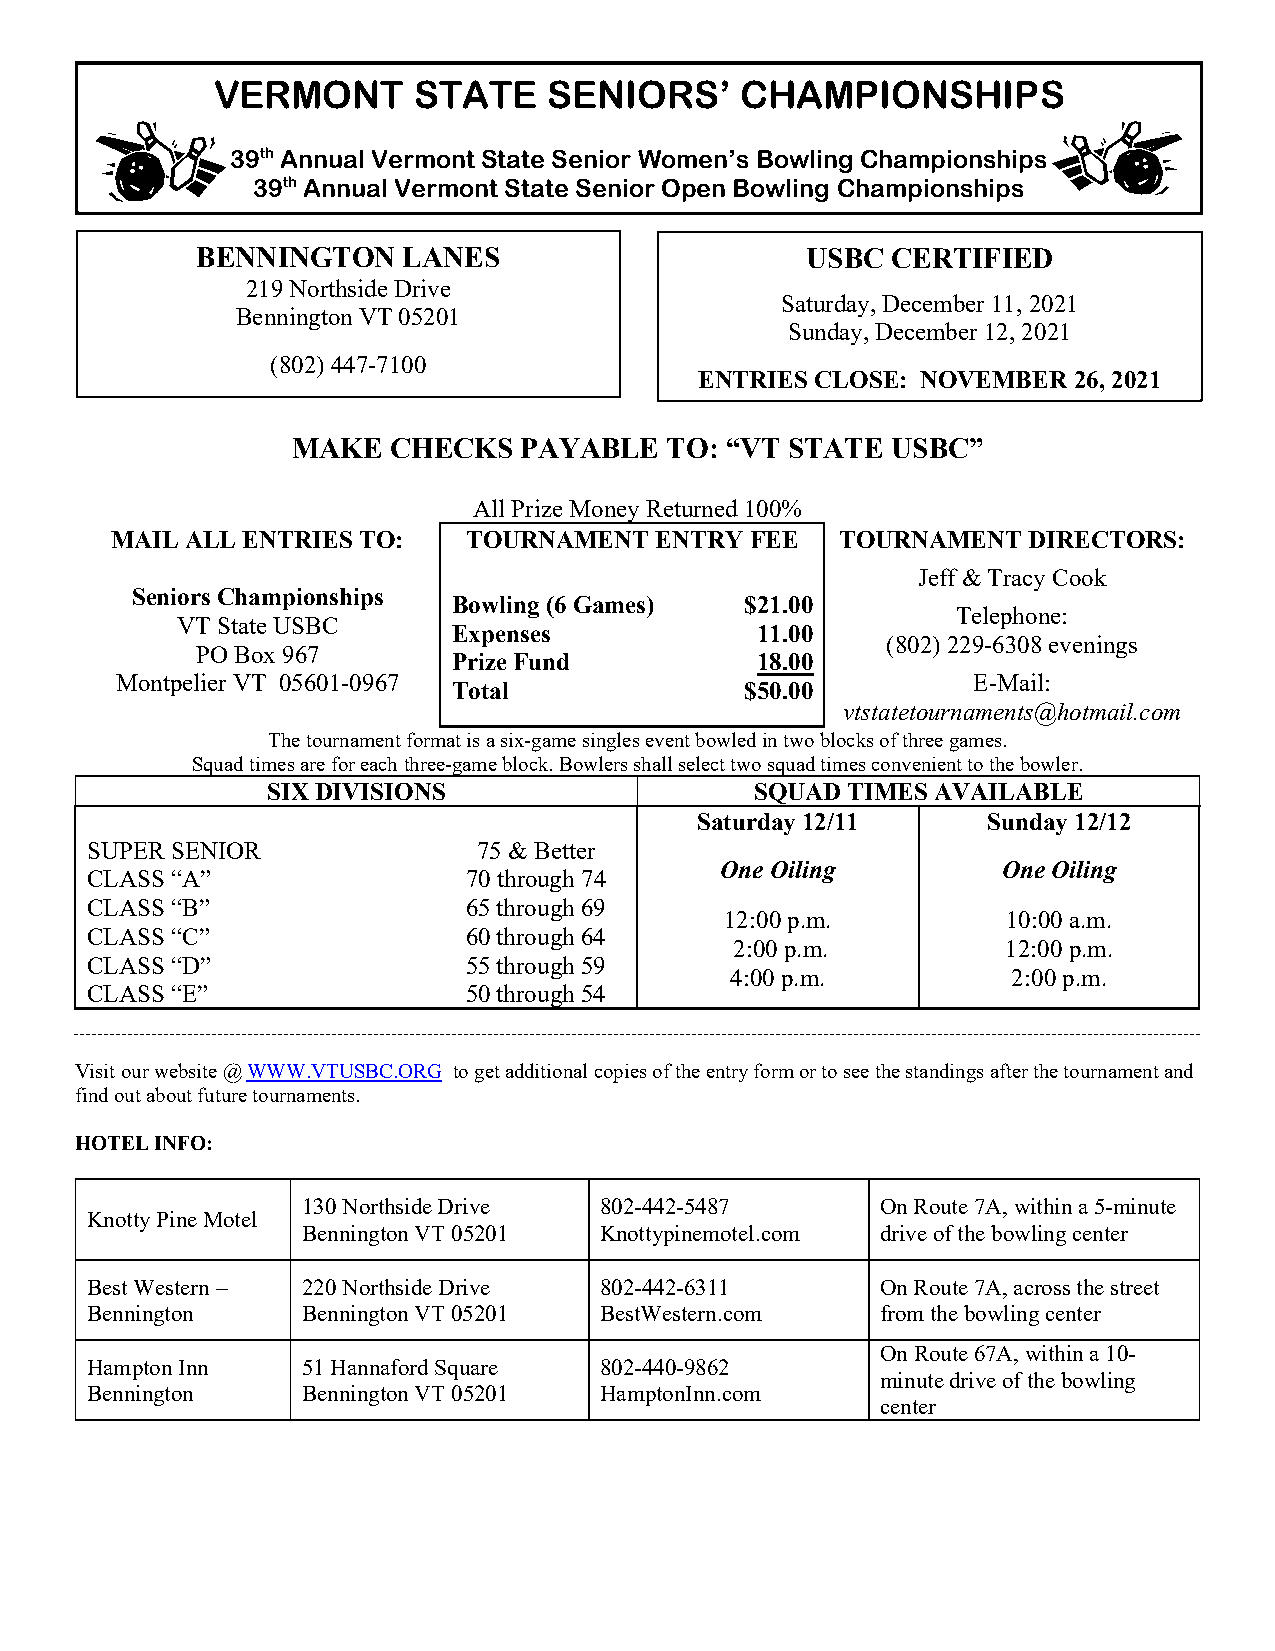
VERMONT      STATE    SENIORS’     CHAMPIONSHIPS
 39th Annual Vermont State Senior Women’s Bowling Championships
 39th Annual Vermont State Senior Open Bowling Championships
 BENNINGTON    LANES                     USBC  CERTIFIED
 219 Northside Drive
 Saturday, December 11, 2021
 Bennington VT 05201
 Sunday, December 12, 2021
 (802) 447-7100
 ENTRIES CLOSE: NOVEMBER  26, 2021
 MAKE   CHECKS  PAYABLE   TO: “VT STATE  USBC”
 All Prize Money Returned 100%
 MAIL ALL ENTRIES TO:    TOURNAMENT  ENTRY  FEE   TOURNAMENT  DIRECTORS:
 Jeff & Tracy Cook
 Seniors Championships
 Bowling (6 Games)  $21.00
 Telephone:
 VT State USBC
 Expenses            11.00
 (802) 229-6308 evenings
 PO Box 967
 Prize Fund          18.00
 Montpelier VT 05601-0967                                E-Mail:
 Total              $50.00
 vtstatetournaments@hotmail.com
 The tournament format is a six-game singles event bowled in two blocks of three games.
 Squad times are for each three-game block. Bowlers shall select two squad times convenient to the bowler.
 SIX DIVISIONS                   SQUAD TIMES AVAILABLE
 Saturday 12/11     Sunday 12/12
 SUPER SENIOR              75 & Better
 One Oiling        One Oiling
 CLASS “A”                70 through 74
 CLASS “B”                65 through 69
 12:00 p.m.         10:00 a.m.
 CLASS “C”                60 through 64
 2:00 p.m.         12:00 p.m.
 CLASS “D”                55 through 59
 4:00 p.m.          2:00 p.m.
 CLASS “E”                50 through 54
 Visit our website @ WWW.VTUSBC.ORG to get additional copies of the entry form or to see the standings after the tournament and
 find out about future tournaments.
 HOTEL INFO:
 130 Northside Drive 802-442-5487      On Route 7A, within a 5-minute
 Knotty Pine Motel
 Bennington VT 05201 Knottypinemotel.com drive of the bowling center
 Best Western – 220 Northside Drive 802-442-6311     On Route 7A, across the street
 Bennington    Bennington VT 05201 BestWestern.com   from the bowling center
 On Route 67A, within a 10-
 Hampton Inn   51 Hannaford Square 802-440-9862
 minute drive of the bowling
 Bennington    Bennington VT 05201 HamptonInn.com
 center